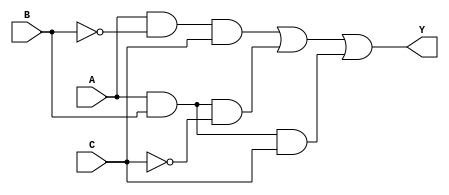
// ecuaciones de ejercicio 05 
// tipo de solucion por gate level 

// Ecuacion SOP  

module t01(input wire A, B , C , output wire Y); 

	wire notB, notC, w1, w2, w3; 
	not (notB, B); 
	not (notC, C); 
	and(w1, A, notB, C); 
	and(w2, A, B, notC); 
	and(w3, A, B, C); 
	or(Y, w1,w2,w3); 

endmodule 

// Ecuacion POS 

module t02(input wire A, B , C , output wire Y); 

	wire notA, notB, notC, w1, w2, w3, w4, w5; 
	not (notA, A); 
	not (notB, B); 
	not (notC, C); 
	or (w1, A, B, C); 
	or (w2, A, B, notC); 
	or (w3, A, notB, C); 
	or (w4, A, notB, notC); 
	or (w5, notA, B, C); 
	and (Y, w1,w2,w3,w4,w5);

endmodule 

// Ecuacion minimizada

module t03(input wire A, B , C , output wire Y); 

	wire w1, w2; 
	and (w1, A, B); 
	and (w2, A, C); 
	or (Y, w1,w2);

endmodule 

// ecuaciones de ejercicio 5
// tipo de solucion por operadores logicos 


// Ecuacion SOP  

module f01(input wire A, B, C, output wire Y); 

	assign Y = (A & ~B & C) | (A & B & ~C) | (A & B & C) ; 
	
endmodule 

// Ecuacion POS 

module f02(input wire A, B, C, output wire Y);

	assign Y = (A | B | C)&(A | B | ~C)&(A | ~B | C)&(A | ~B | ~C)&(~A | B | C) ; 
	
endmodule 

// Ecuacion minimizada

module f03(input wire A, B, C, output wire Y);

	assign Y = (A & B) | (A & C) ;

endmodule